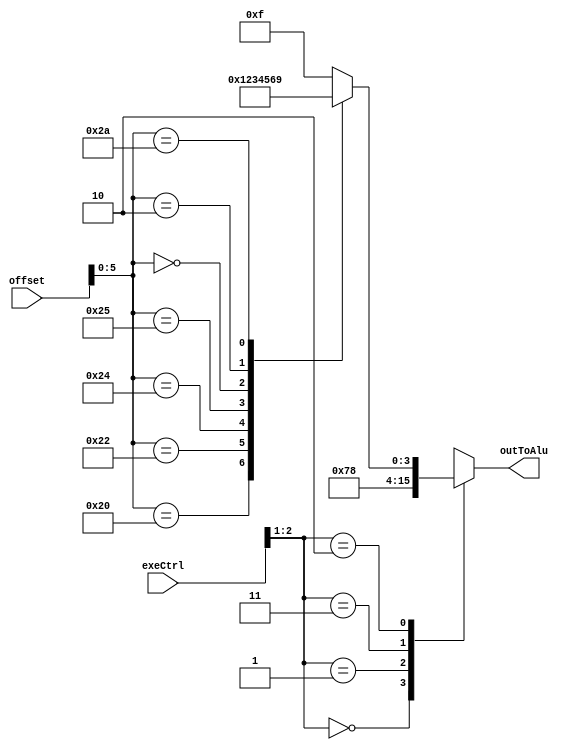
module aluCtrl(exeCtrl, offset, outToAlu);

input [3:0] exeCtrl;
input [31:0] offset;

output [3:0] outToAlu;
reg [3:0] outToAlu;

wire [1:0] aluOp = exeCtrl[2:1];
wire [5:0] functionCode = offset[5:0];
/*
aluOp:
0 => lw/sw
1 => beq
3 => bne (egtehad sha5sy XDD)
2 => determined by functionCode
*/

initial outToAlu=0;


always @(aluOp or functionCode)
begin

case(aluOp)
0: outToAlu=0;
1: outToAlu=7;
3: outToAlu=8;
2: case(functionCode) 
6'b100000: outToAlu= 1;	//add
6'b100010: outToAlu= 2;	//sub
6'b100100: outToAlu= 3;	//and
6'b100101: outToAlu= 4;	//or
6'b000000: outToAlu= 5;	//sll
6'b000010: outToAlu= 6;	//srl
6'b101010: outToAlu= 9;	//slt
default: outToAlu=4'b1111;
endcase
default: outToAlu=4'b1111;
endcase



end




endmodule